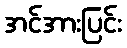
အင်အားပြင်း